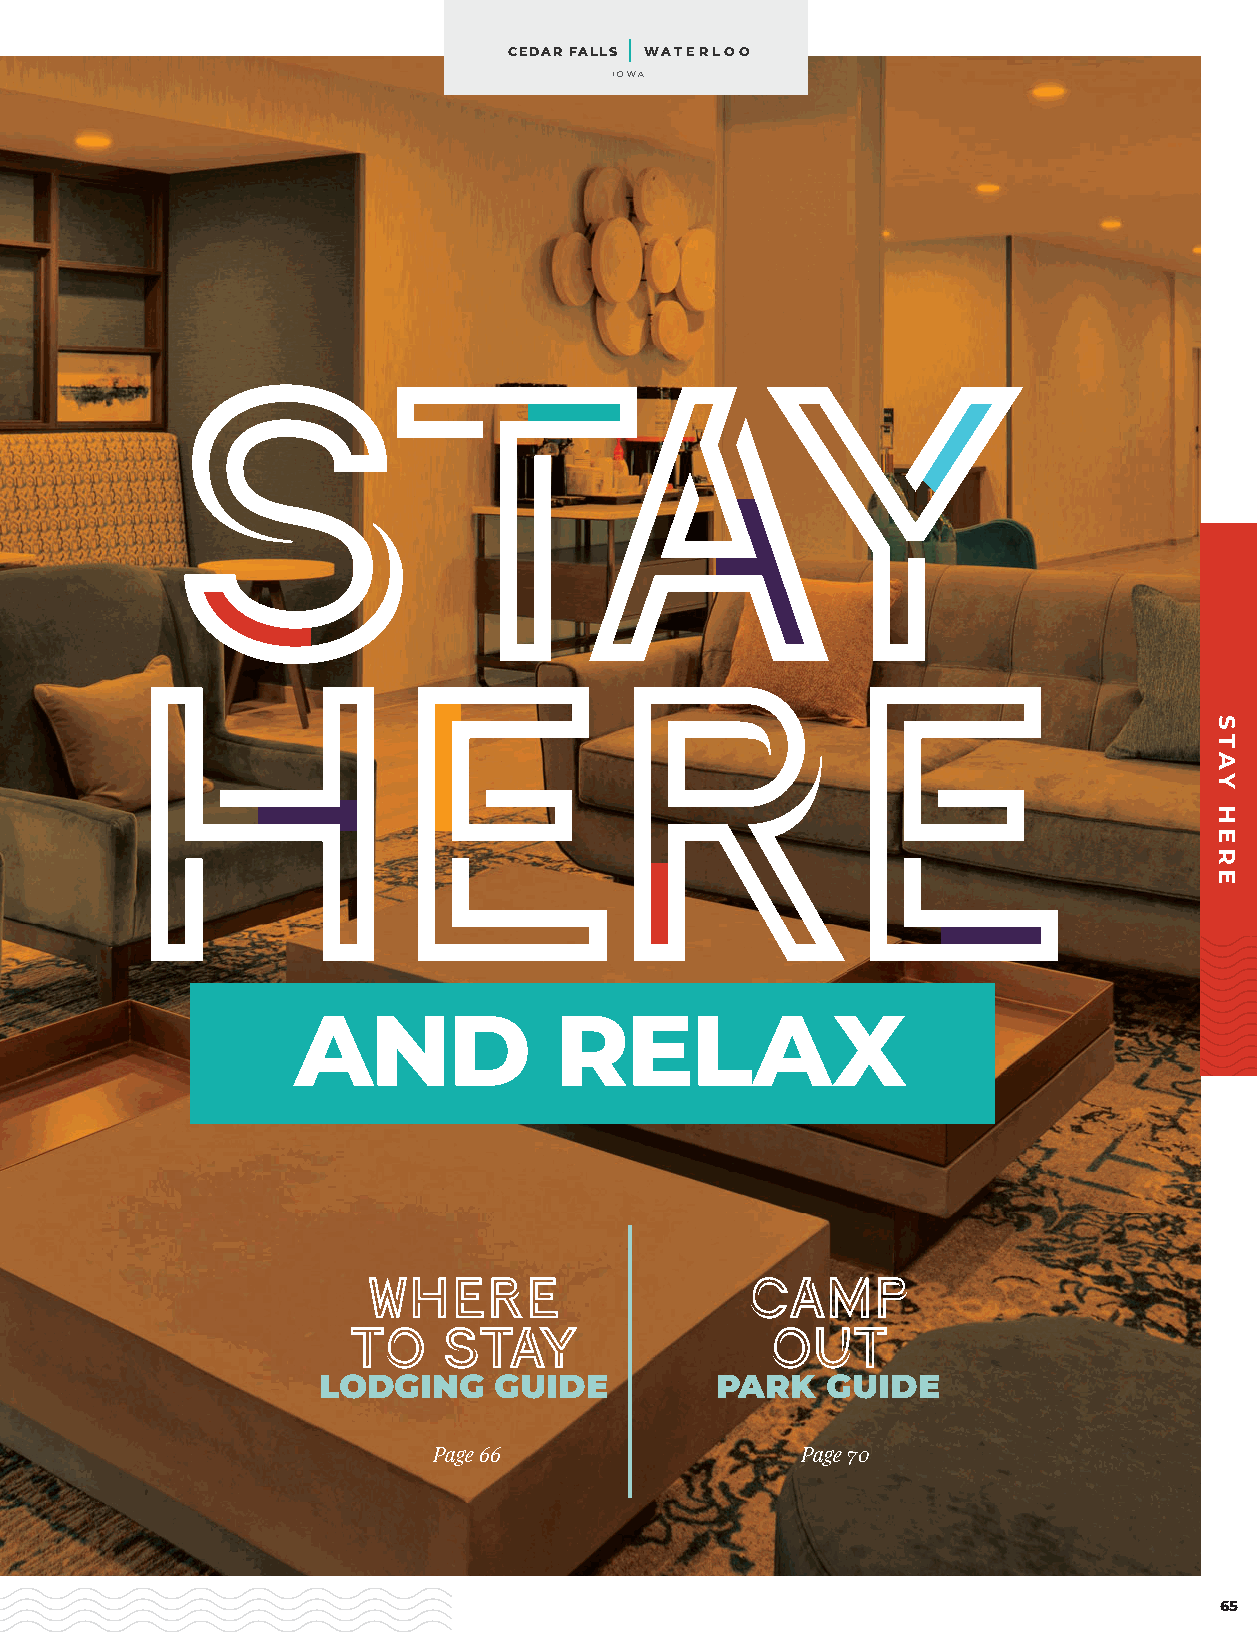
CEDAR FALLS WATERLOO
 IOWA
 StAY
 HERE
 AND               RELAX
 WHERE                    CAMP
 TO    STAY                  OUT
 LODGING     GUIDE         PARK    GUIDE
 Page 66                 Page 70
 65
 STAY
 HERE